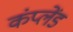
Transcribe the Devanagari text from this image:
कंप्लेंड